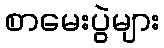
စာမေးပွဲများ